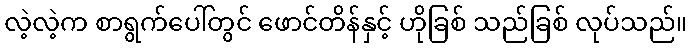
လဲ့လဲ့က စာရွက်ပေါ်တွင် ဖောင်တိန်နှင့် ဟိုခြစ် သည်ခြစ် လုပ်သည်။